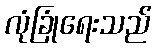
လုံခြုံရေးသည်